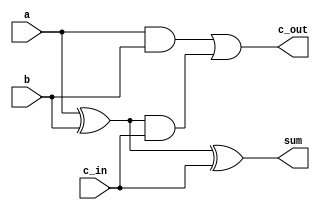
module FullAdder(input a, input b, input c_in, output sum, output c_out);
    assign sum = (a ^ b) ^ c_in;
    assign c_out = (a & b) | ((a ^ b) & c_in);
endmodule